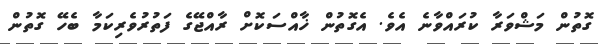
ގޮތުން މަޝްވަރާ ކުރައްވާނެ އެވެ. އެގޮތުން ޚާއްސަކޮށް ރާއްޖޭގެ ފަތުރުވެރިކަމާ ބެހޭ ގޮތުން